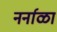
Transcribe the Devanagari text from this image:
नर्नाळा